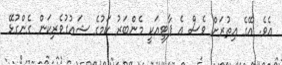
އެވެ. އޭގެ އިތުރަށް ވެސް އެ ޕާޓީއަކީ މެންބަރު ކަމުގެ ޝައުގުވެރިކަން ގެންގުޅޭ